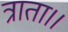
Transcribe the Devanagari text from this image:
त्राता।।